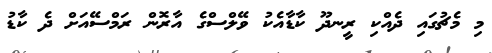
މި މެޗުގައި ދެެއްކި ރީނދޫ ކާޑާއެކު ވޭލްސްގެ އާރޮން ރަމްސޭއަށް ދެ ކާޑު